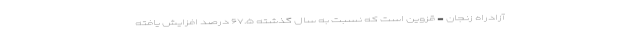
آزادراه زنجان - قزوین است که نسبت به سال گذشته ۶۷.۵ درصد افزایش یافته